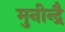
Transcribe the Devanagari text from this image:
मुनीन्द्रै